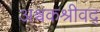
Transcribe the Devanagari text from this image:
अश्वकश्रीवद्‌